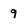
Character: 9